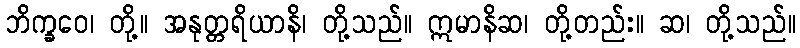
ဘိက္ခဝေ၊ တို့။ အနုတ္တရိယာနိ၊ တို့သည်။ ဣမာနိဆ၊ တို့တည်း။ ဆ၊ တို့သည်။